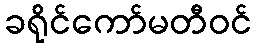
ခရိုင်ကော်မတီဝင်